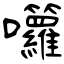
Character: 囖